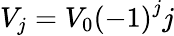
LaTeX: V_{j}=V_{0}\left(-1\right)^{j}j